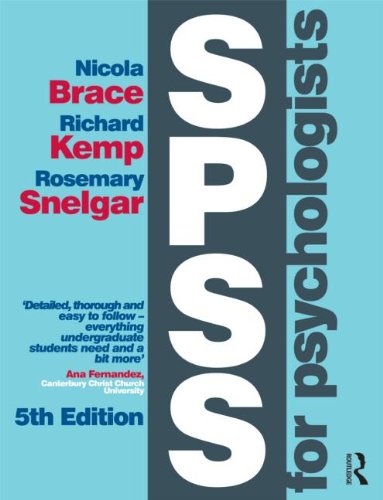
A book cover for SPSS for Psychologists: Fifth Edition; Nicola Brace; Medical Books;